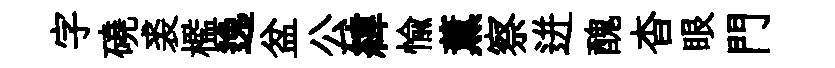
字磽裘檻逸盆公緯愉薰察迸醜杳眼門